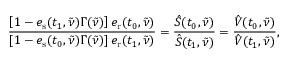
\frac { \left[ 1 - e _ { \mathrm { s } } ( t _ { 1 } , \tilde { \nu } ) \Gamma ( \tilde { \nu } ) \right] e _ { \mathrm { r } } ( t _ { 0 } , \tilde { \nu } ) } { \left[ 1 - e _ { \mathrm { s } } ( t _ { 0 } , \tilde { \nu } ) \Gamma ( \tilde { \nu } ) \right] e _ { \mathrm { r } } ( t _ { 1 } , \tilde { \nu } ) } = \frac { \hat { S } ( t _ { 0 } , \tilde { \nu } ) } { \hat { S } ( t _ { 1 } , \tilde { \nu } ) } = \frac { \hat { V } ( t _ { 0 } , \tilde { \nu } ) } { \hat { V } ( t _ { 1 } , \tilde { \nu } ) } ,